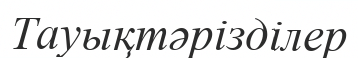
Тауықтәрізділер